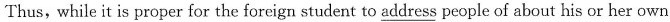
Thus, while it is proper for the foreign student to \underline{address} people of about his or her own